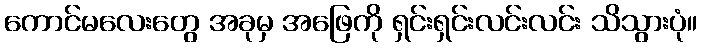
ကောင်မလေးတွေ အခုမှ အဖြေကို ရှင်းရှင်းလင်းလင်း သိသွားပုံ။